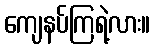
ကျေနပ်ကြရဲ့လား။